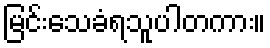
မြင်းသေခံရသူပါတကား။